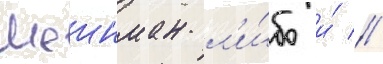
Шеинман л'и́бо и́ //